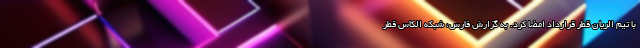
با تیم الریان قطر قرارداد امضا کرد. به گزارش فارس، شبکه الکاس قطر